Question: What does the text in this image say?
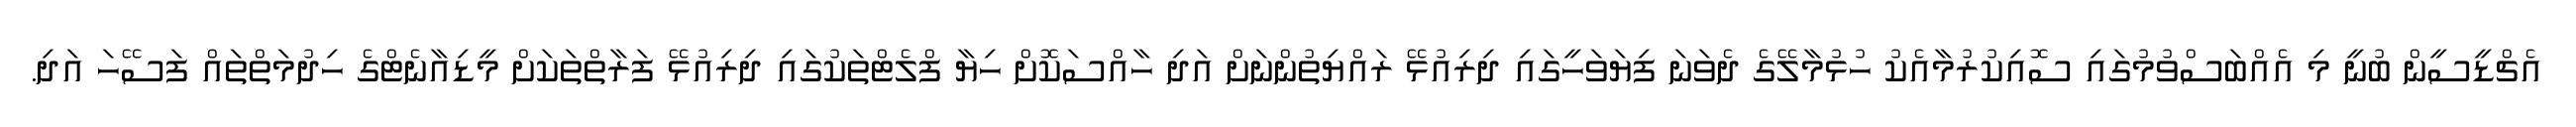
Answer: އެޗްޑީސީން ބުނީ މި އެއްބަސްވުމުގައި ސޮއިކުރުމާއެކު ހުޅުމާލޭގެ ދެވަނަ ފިޔަވަހީގައި ދިރިއުޅޭ ރައްޔިތުންނަށް އަދި ހާއްސަކޮށް ހިޔާ ފްލެޓްތަކުގައި ދިރިއުޅޭ ފަރާތްތަކަށް މީޑިއާނެޓްގެ ހިދުމަތްތައް ފަސޭހަ އަދި.